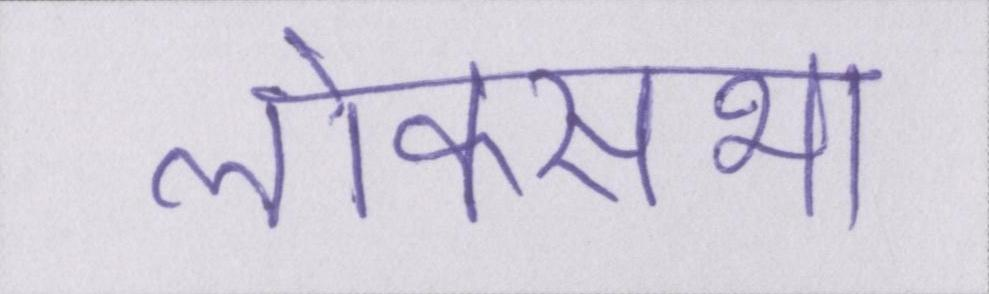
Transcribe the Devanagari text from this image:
लोकसभा